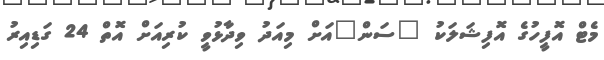
މެޓް އޮފީހުގެ އޮފިޝަލަކު "ސަން"އަށް މިއަދު ވިދާޅުވީ ކުރިއަށް އޮތް 24 ގަޑިއިރު